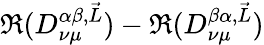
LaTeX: \Re(D_{\nu\mu}^{\alpha\beta,\vec{L}})-\Re(D_{\nu\mu}^{\beta\alpha,\vec{L}})